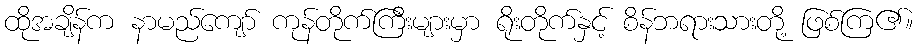
ထိုအချိန်က နာမည်ကျော် ကုန်တိုက်ကြီးများမှာ ရိုးတိုက်နှင့် စိန်ဘရားသားတို့ ဖြစ်ကြ၏။